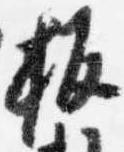
板